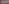
-